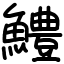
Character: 鱧